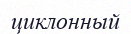
циклонный